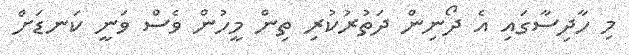
މި ހާދިސާގައި އެ ދޯނިން ދަތުރުކުރި ތިން މީހުން ވެސް ވަނީ ކަނޑަށް